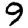
Digit: 9